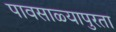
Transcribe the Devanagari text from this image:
पावसाळ्यापुरता